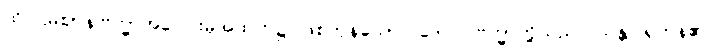
ထိုပဌမဈာန်ဗြဟ္မာအပေါင်းမှအထက်၌ ဖြစ်ကုန်သော။ ဒေဝါ၊ ဗြဟ္မာတို့သည်။ သန္တိ၊ ရှိကုန်၏။